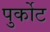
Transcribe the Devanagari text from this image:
पुर्कोट